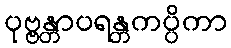
ပုဗ္ဗန္တာပရန္တကပ္ပိကာ